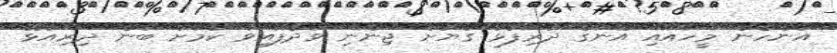
އަންހެން މީހާއާއި އޭނާގެ ދަރިފުޅު ގަޔަށް ޖިންނި ވަދެފައިވާ ކަމަށް ބުނެ ދިރިއުޅޭ